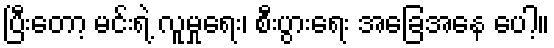
ပြီးတော့ မင်းရဲ့ လူမှုရေး၊ စီးပွားရေး အခြေအနေ ပေါ့။